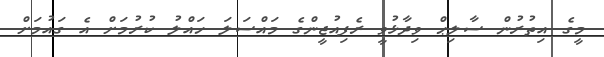
މީގެ އިތުރުން ސާލިޙް ވިދާޅުވީ ރެފިއުޖީންގެ މައްސަލަ ހައްލު ކުރުމަށް އެ ގައުމަށް